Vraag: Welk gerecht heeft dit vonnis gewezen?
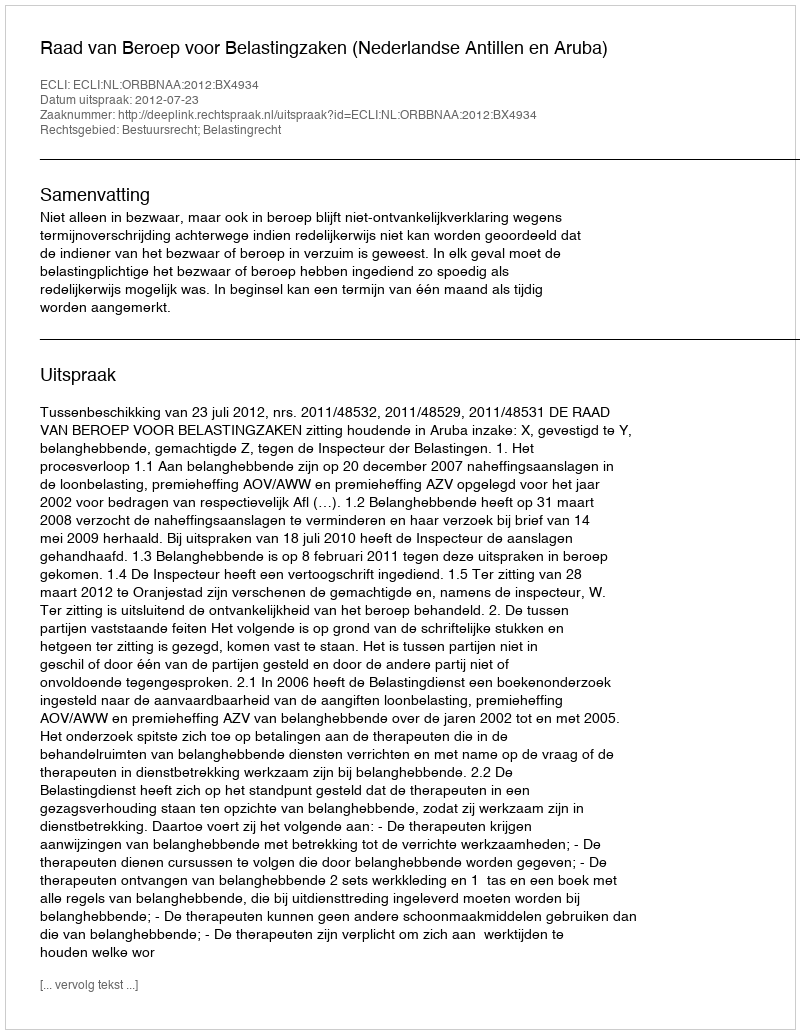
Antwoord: Raad van Beroep voor Belastingzaken (Nederlandse Antillen en Aruba)